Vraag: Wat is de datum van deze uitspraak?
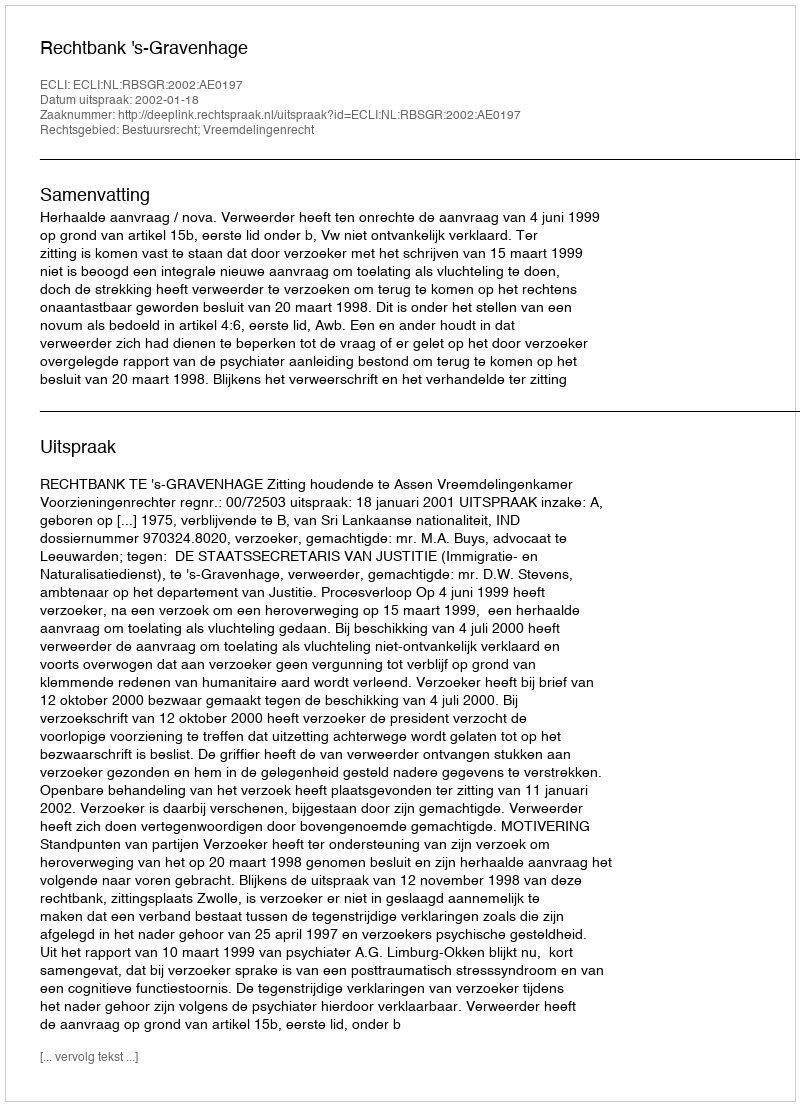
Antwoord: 2002-01-18